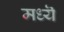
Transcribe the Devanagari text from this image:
मध्यॆ